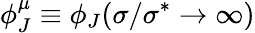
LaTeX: \phi_{J}^{\mu}\equiv\phi_{J}(\sigma/\sigma^{*}\to\infty)